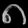
Digit: ၈